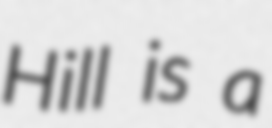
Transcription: Hill is a